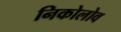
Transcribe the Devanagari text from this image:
निकोलोव